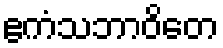
ဧကံသဘာဝိတေ